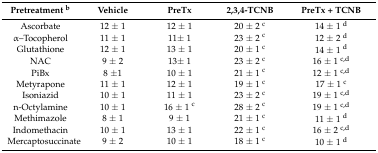
| Pretreatment b | Vehicle | PreTx | 2,3,4-TCNB | PreTx + TCNB |
 | --- | --- | --- | --- | --- |
 | Ascorbate | 12 ± 1 | 12 ± 1 | 20 ± 2 c | 14 ± 1 d |
 | α–Tocopherol | 11 ± 1 | 11± 1 | 23 ± 2 c | 12 ± 2 d |
 | Glutathione | 12 ± 1 | 13 ± 1 | 20 ± 1 c | 14 ± 1 d |
 | NAC | 9 ± 2 | 13± 1 | 23 ± 2 c | 16 ± 1 c,d |
 | PiBx | 8 ±1 | 10 ± 1 | 21 ± 1 c | 12 ± 1 c,d |
 | Metyrapone | 11 ± 1 | 12 ± 1 | 19 ± 1 c | 17 ± 1 c |
 | Isoniazid | 10 ± 1 | 11 ± 1 | 23 ± 2 c | 19 ± 1 c,d |
 | n-Octylamine | 10 ± 1 | 16 ± 1 c | 28 ± 2 c | 19 ± 1 c,d |
 | Methimazole | 8 ± 1 | 9 ± 1 | 21 ± 1 c | 11 ± 1 d |
 | Indomethacin | 10 ± 1 | 13 ± 1 | 22 ± 1 c | 16 ± 2 c,d |
 | Mercaptosuccinate | 9 ± 2 | 10 ± 1 | 18 ± 1 c | 10 ± 1 d |